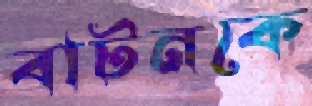
বাটনকে